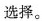
选择。